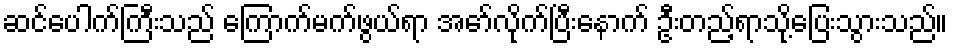
ဆင်ပေါက်ကြီးသည် ကြောက်မက်ဖွယ်ရာ အော်လိုက်ပြီးနောက် ဦးတည့်ရာသို့ပြေးသွားသည်။